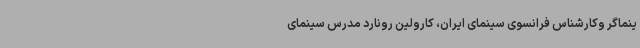
ینماگر وکارشناس فرانسوی سینمای ایران، کارولین رونارد مدرس سینمای